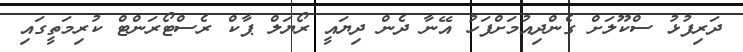
ދަރިފުޅު ސްކޫލަށް ގެންދިއުމަށްފަހު އޭނާ ދެން ދިޔައީ ރޯޔަލް ޕާކް ރެސްޓޯރަންޓް ކުރިމަތީގައި